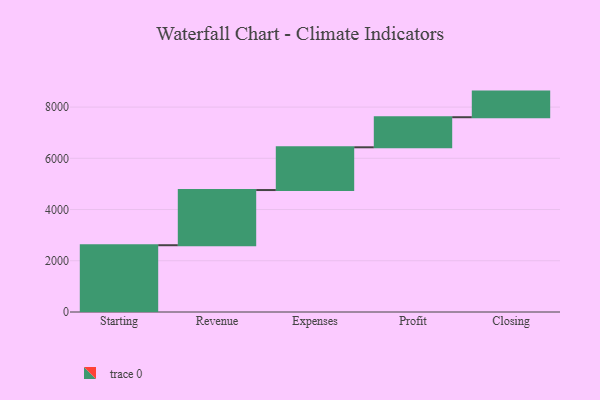
{"axis": {"x": "Step", "y": "Value"}, "legend": [""], "data": [{"x": "Starting", "y": 2607.0, "type": ""}, {"x": "Revenue", "y": 2154.0, "type": ""}, {"x": "Expenses", "y": 1669.0, "type": ""}, {"x": "Profit", "y": 1174.0, "type": ""}, {"x": "Closing", "y": 1000, "type": ""}]}